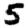
Digit: 5